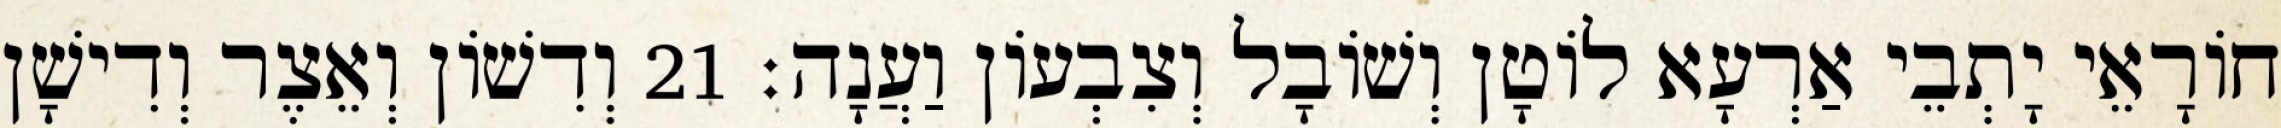
חוֹרָאֵי יָתְבֵי אַרְעָא לוֹטָן וְשׁוֹבָל וְצִבְעוֹן וַעֲנָה׃ 21 וְדִשׁוֹן וְאֵצֶר וְדִישָׁן